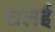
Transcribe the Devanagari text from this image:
चलई